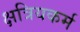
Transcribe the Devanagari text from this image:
क्षत्रियकर्म